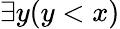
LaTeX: \exists y(y<x)